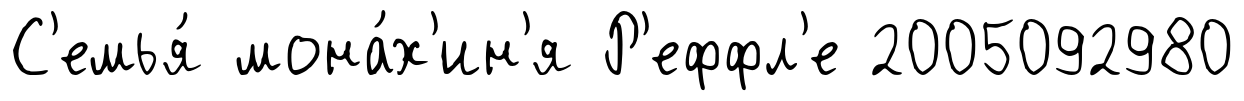
С'емья́ мона́х'ин'я Р'еффл'е 2005092980